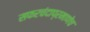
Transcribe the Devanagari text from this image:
सफरचंदाप्रमाणेच